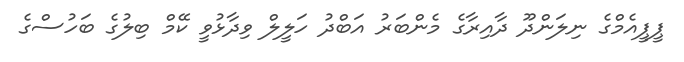
ޕީޕީއެމްގެ ނިލަންދޫ ދާއިރާގެ މެންބަރު އަބްދު ހަލީލް ވިދާޅުވީ ކޭމް ބިލުގެ ބަހުސްގެ